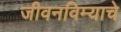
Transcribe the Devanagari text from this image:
जीवनविम्याचे